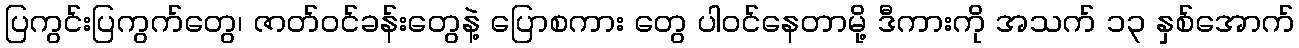
ပြကွင်းပြကွက်တွေ၊ ဇာတ်ဝင်ခန်းတွေနဲ့ ပြောစကား တွေ ပါဝင်နေတာမို့ ဒီကားကို အသက် ၁၃ နှစ်အောက်